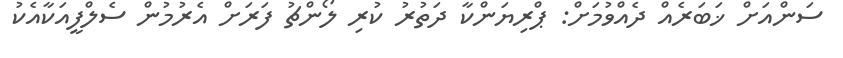
ސަންއަށް ޚަބަރެއް ދެއްވުމަށް: ޕްރިޔަންކާ ދަތުރު ކުރި ލޯންޗު ފަރަށް އެރުމުން ސެލްފީއަކާއެކު